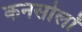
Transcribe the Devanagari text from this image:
कनसोलों